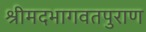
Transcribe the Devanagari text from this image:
श्रीमदभागवतपुराण